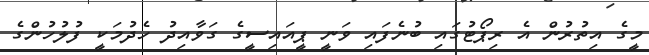
މީގެ އިތުރުން އެ ރިޕޯޓުގައި ބުނެފައި ވަނީ ޕީއައިސީގެ ގަވާއިދު ހެދުމަކީ ފުލުހުންގެ